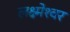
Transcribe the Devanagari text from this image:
लक्ष्मेश्‍वर